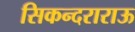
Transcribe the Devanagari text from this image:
सिकन्दराराऊ